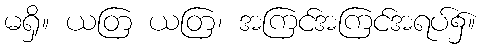
မရှိ။ ယတြ ယတြ၊ အကြင်အကြင်အရပ်၌။